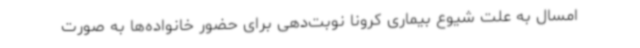
امسال به علت شیوع بیماری کرونا نوبت‌دهی برای حضور خانواده‌ها به صورت